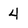
Character: 4